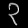
Digit: ၃